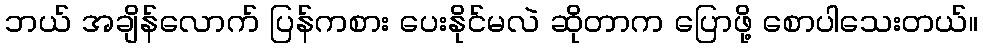
ဘယ် အချိန်လောက် ပြန်ကစား ပေးနိုင်မလဲ ဆိုတာက ပြောဖို့ စောပါသေးတယ်။